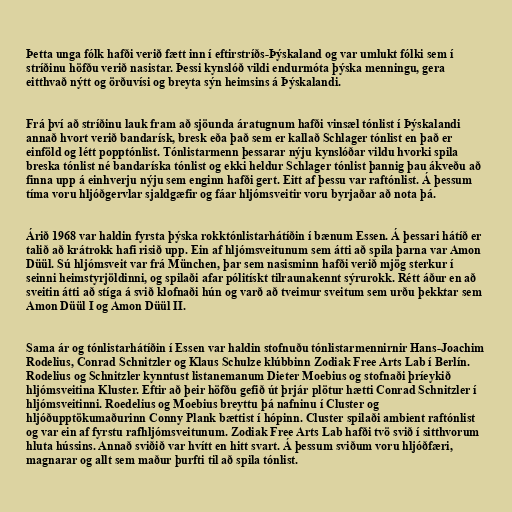
Þetta unga fólk hafði verið fætt inn í eftirstríðs-Þýskaland og var umlukt fólki sem í
stríðinu höfðu verið nasistar. Þessi kynslóð vildi endurmóta þýska menningu, gera
eitthvað nýtt og örðuvísi og breyta sýn heimsins á Þýskalandi.

Frá því að stríðinu lauk fram að sjöunda áratugnum hafði vinsæl tónlist í Þýskalandi
annað hvort verið bandarísk, bresk eða það sem er kallað Schlager tónlist en það er
einföld og létt popptónlist. Tónlistarmenn þessarar nýju kynslóðar vildu hvorki spila
breska tónlist né bandaríska tónlist og ekki heldur Schlager tónlist þannig þau ákveðu að
finna upp á einhverju nýju sem enginn hafði gert. Eitt af þessu var raftónlist. Á þessum
tíma voru hljóðgervlar sjaldgæfir og fáar hljómsveitir voru byrjaðar að nota þá.

Árið 1968 var haldin fyrsta þýska rokktónlistarhátíðin í bænum Essen. Á þessari hátíð er
talið að krátrokk hafi risið upp. Ein af hljómsveitunum sem átti að spila þarna var Amon
Düül. Sú hljómsveit var frá München, þar sem nasisminn hafði verið mjög sterkur í
seinni heimstyrjöldinni, og spilaði afar pólitískt tilraunakennt sýrurokk. Rétt áður en að
sveitin átti að stíga á svið klofnaði hún og varð að tveimur sveitum sem urðu þekktar sem
Amon Düül I og Amon Düül II.

Sama ár og tónlistarhátíðin í Essen var haldin stofnuðu tónlistarmennirnir Hans-Joachim
Rodelius, Conrad Schnitzler og Klaus Schulze klúbbinn Zodiak Free Arts Lab í Berlín.
Rodelius og Schnitzler kynntust listanemanum Dieter Moebius og stofnaði þríeykið
hljómsveitina Kluster. Eftir að þeir höfðu gefið út þrjár plötur hætti Conrad Schnitzler í
hljómsveitinni. Roedelius og Moebius breyttu þá nafninu í Cluster og
hljóðupptökumaðurinn Conny Plank bættist í hópinn. Cluster spilaði ambient raftónlist
og var ein af fyrstu rafhljómsveitunum. Zodiak Free Arts Lab hafði tvö svið í sitthvorum
hluta hússins. Annað sviðið var hvítt en hitt svart. Á þessum sviðum voru hljóðfæri,
magnarar og allt sem maður þurfti til að spila tónlist.